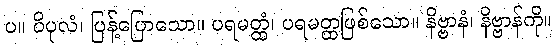
ပ။ ဝိပုလံ၊ ပြန့်ပြောသော။ ပရမတ္ထံ၊ ပရမတ္ထဖြစ်သော။ နိဗ္ဗာနံ၊ နိဗ္ဗာန်ကို။